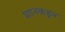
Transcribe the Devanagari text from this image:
शानकडून